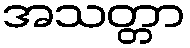
အသတ္တာ